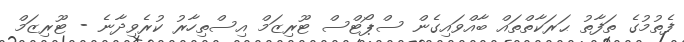
ފެތުމުގެ ތަފާތު ޙަރަކާތްތައް ބާއްވައިގެން ސްޕޯޓްސް ޓޫރިޒަމް އިސްތިހާރު ކުރެވިދާނެ - ޓޫރިޒަމް